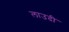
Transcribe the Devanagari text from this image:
लाउदी